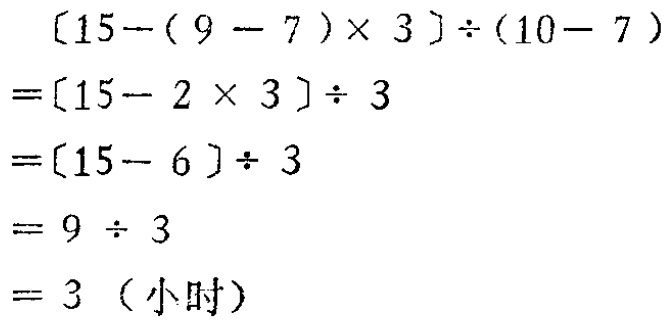
\[

\begin{align*}

&[15 - (9 - 7)×3]÷(10 - 7)\\

=&[15 - 2×3]÷3\\

=&[15 - 6]÷3\\

=&9÷3\\

=&3（小时）

\end{align*}

\]